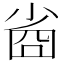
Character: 𡮀